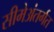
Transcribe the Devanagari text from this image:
सीमेअंतर्गत